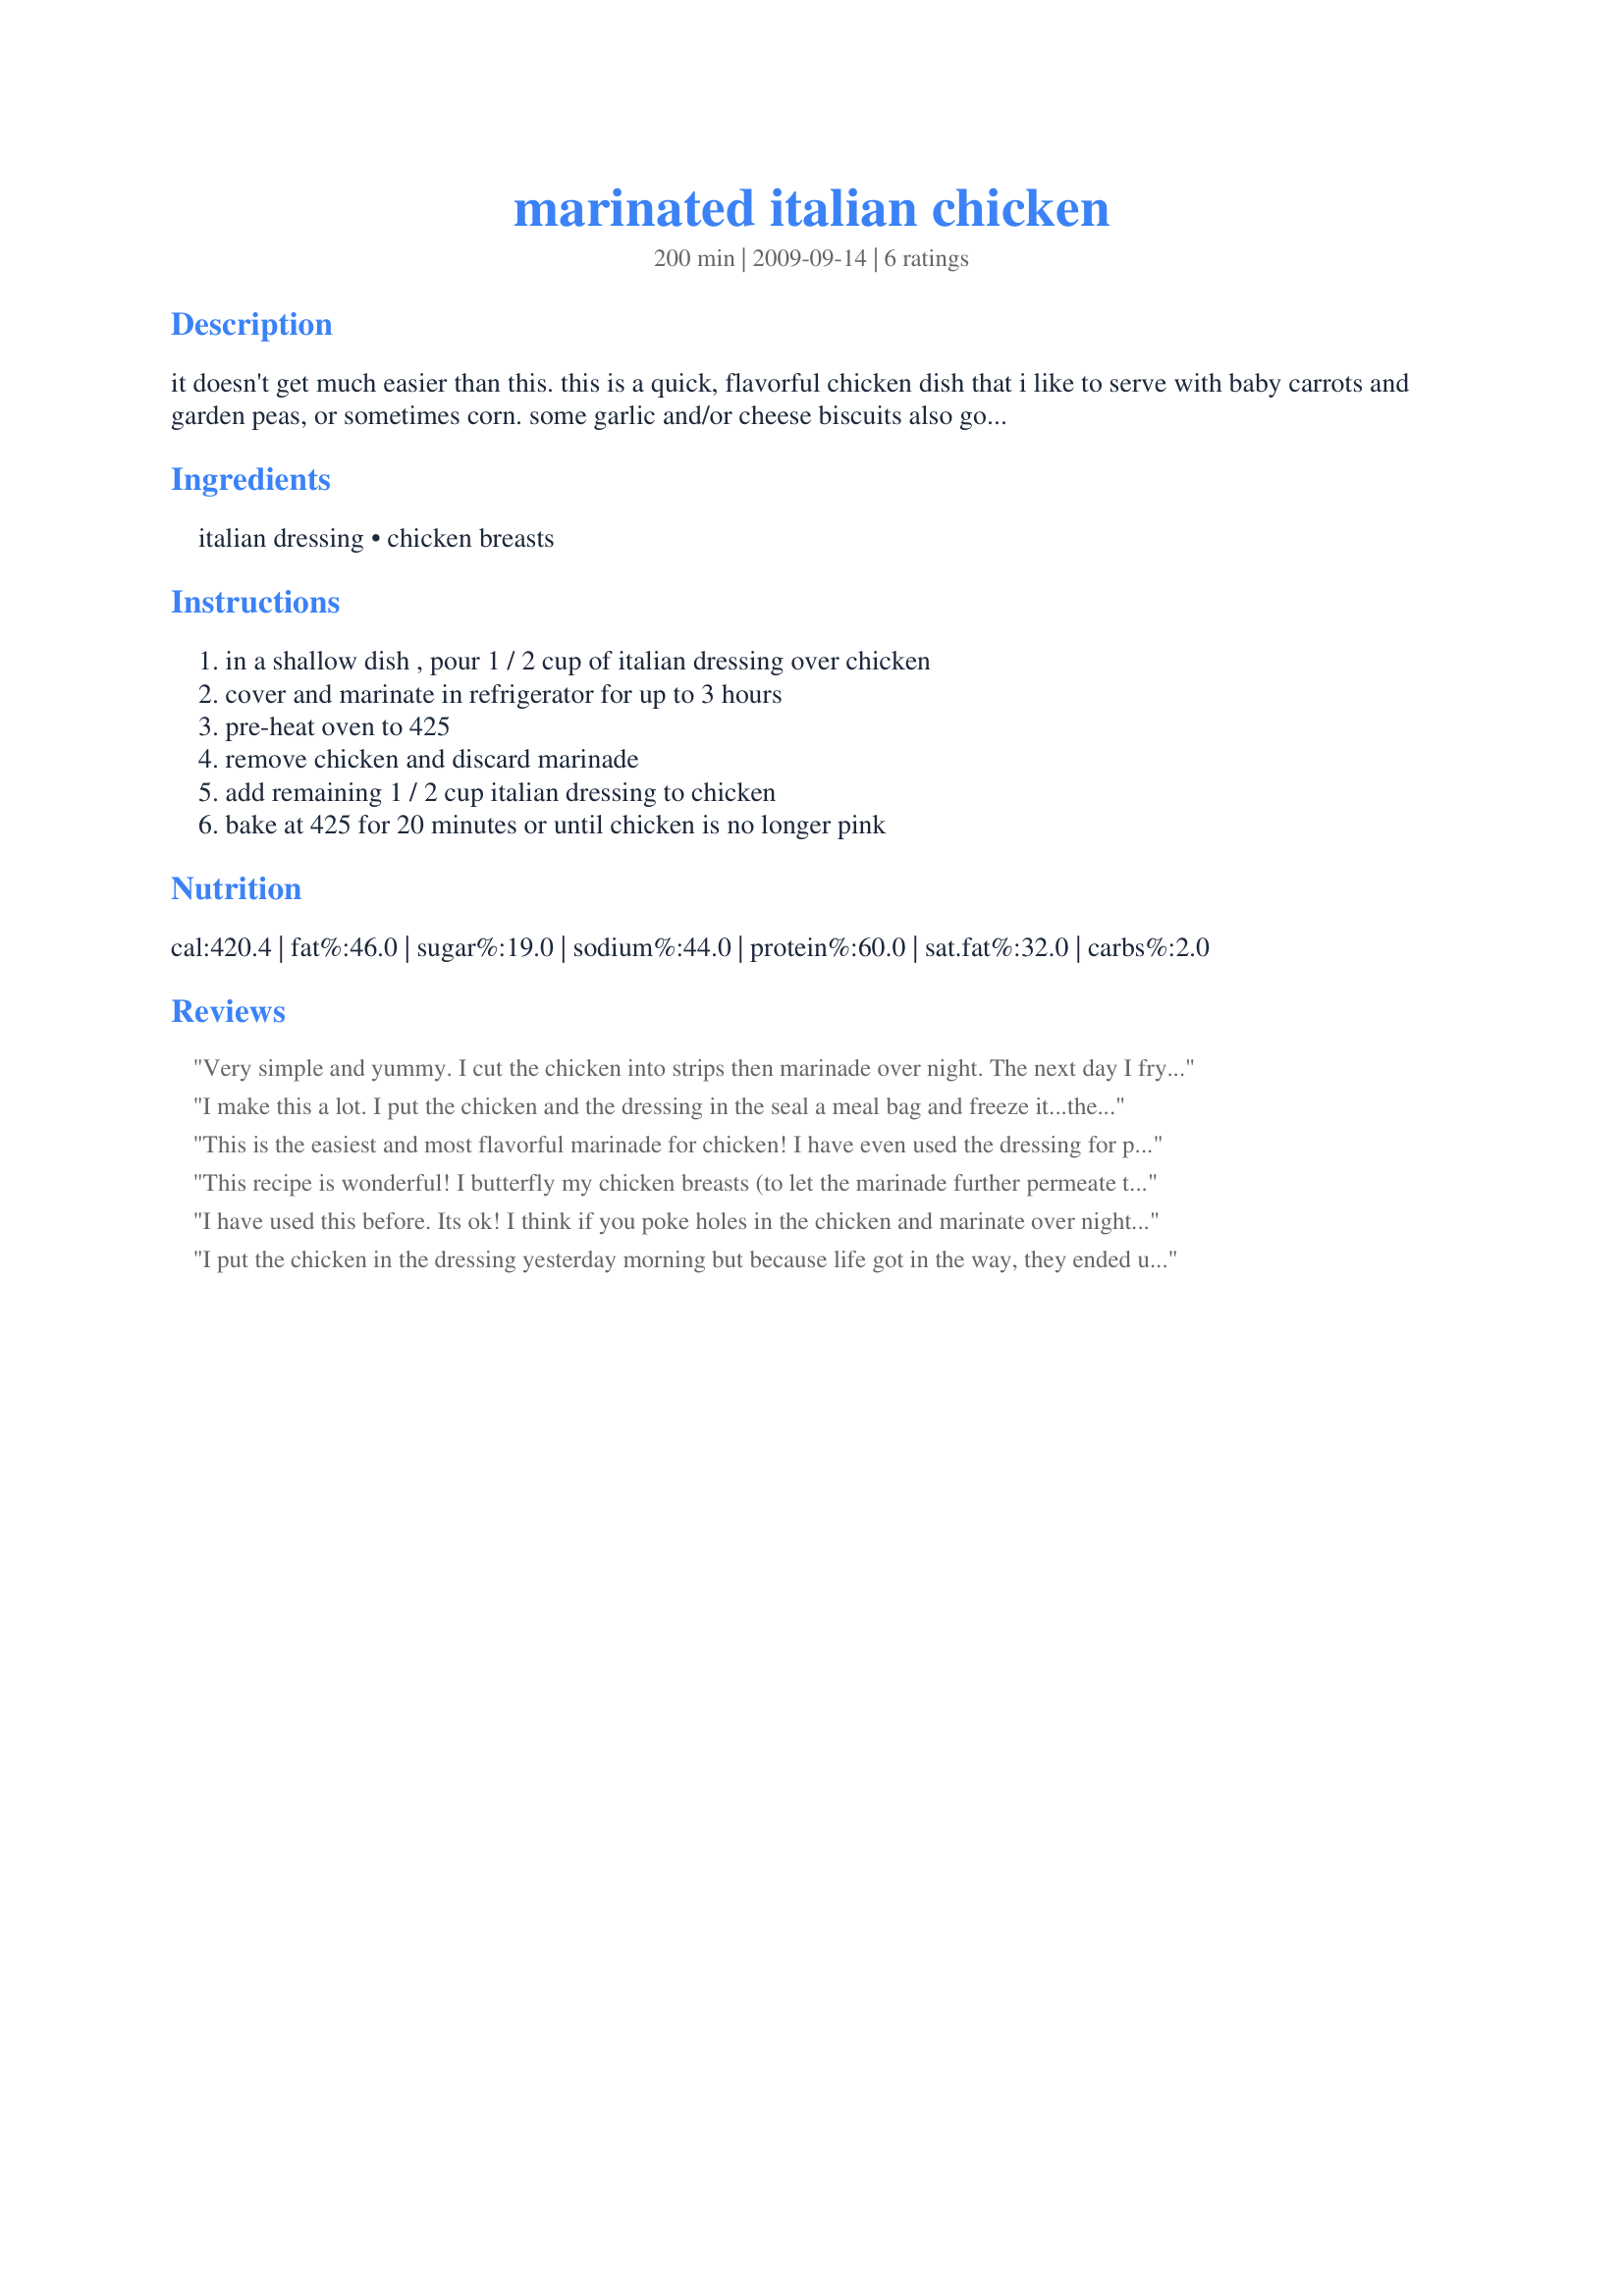
marinated italian chicken
Preparation time: 200 minutes

it doesn't get much easier than this. this is a quick, flavorful chicken dish that i like to serve with baby carrots and garden peas, or sometimes corn. some garlic and/or cheese biscuits also go well with this. also great grilled (or broiled), along with marinated vegetables. note: i have skipped the marinating process before and it is still very tasty.

Ingredients:
italian dressing, chicken breasts

Steps:
in a shallow dish , pour 1 / 2 cup of italian dressing over chicken, cover and marinate in refrigerator for up to 3 hours, pre-heat oven to 425, remove chicken and discard marinade, add remaining 1 / 2 cup italian dressing to chicken, bake at 425 for 20 minutes or until chicken is no longer pink

Reviews:
Very simple and yummy. I cut the chicken into strips then marinade over night. The next day I fry them. Very good when you don&#039;t want to spend a lot of time in the kitchen.
I make this a lot. I put the chicken and the dressing in the seal a meal bag and freeze it...then I seal the bag. When I thaw the chicken, it marinades as it thaws. We really like it cooked on the grill (The foreman grill works too)
This is the easiest and most flavorful marinade for chicken! I have even used the dressing for pork chops. Delicious! However, I have only grilled the meats. But, I'll try baking them when the weather is too cold.
This recipe is wonderful! I butterfly my chicken breasts (to let the marinade further permeate the meat), and marinade overnight. Then I grill them. YUM! Thanks for sharing!
I have used this before. Its ok! I think if you poke holes in the chicken and marinate over night, it would be better. I did it for 6 hours and grilled. Flavor didn&#039;t really come thru.
I put the chicken in the dressing yesterday morning but because life got in the way, they ended up marinating for two days. This recipe could not be any easier & they were so flavorful. The best part, & maybe this is due to the long marinating, but these were the juiciest chicken breasts we've ever had. You just can't go wrong with this recipe! Served with recipe #345724. Thanks for sharing, Queen Puff! Made & enjoyed for Fall 2009 PAC-O. :)
